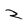
Character: Z